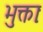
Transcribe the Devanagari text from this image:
भुक्ताः